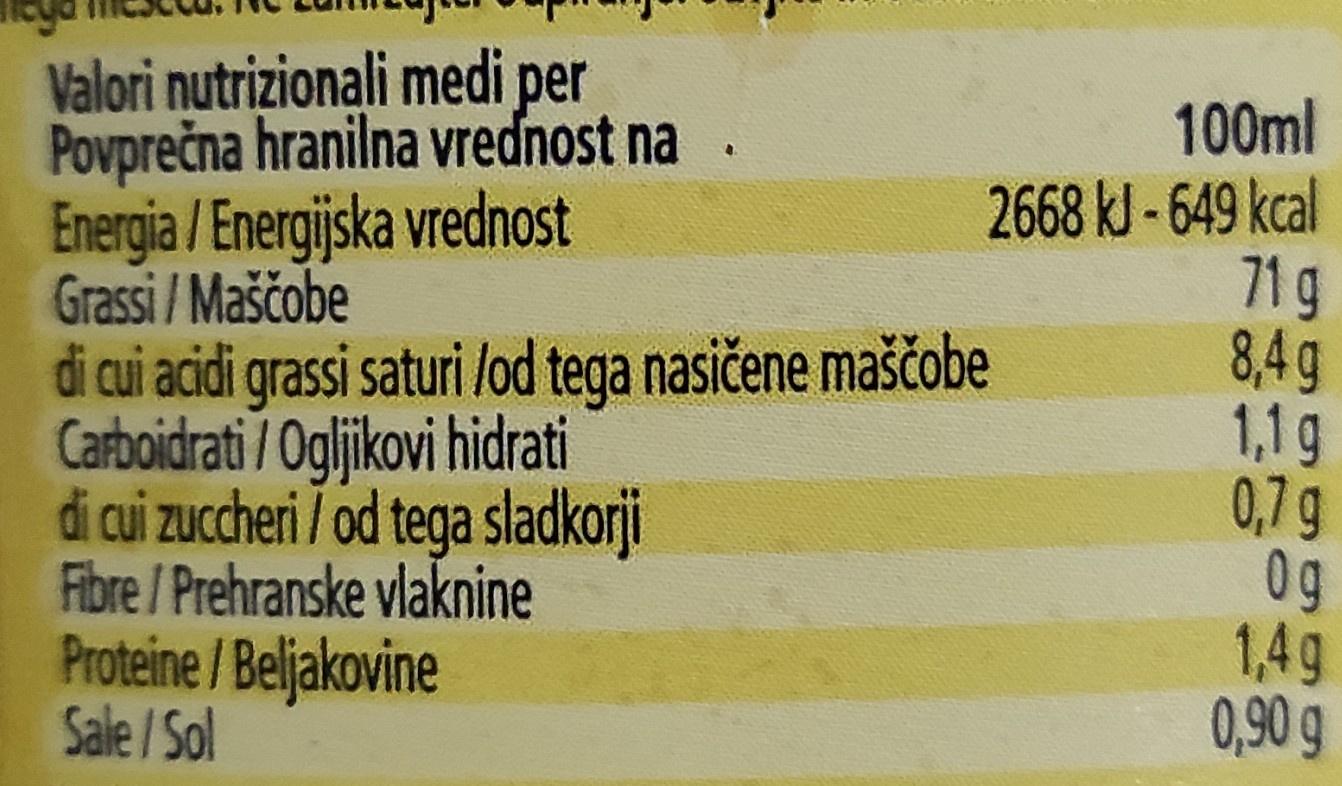
Valori nutrizionali medi per Povprečna hranilna vrednost na Energia / Energijska vrednost Grassi /Maščobe di cui acidi grassi saturi lod tega nasičene maščobe Carboidrati /Ogljikovi hidrti di cui zuccheri / od tega sladkorji Fibre /Prehranske vlaknine Proteine/Beljakovine Sale /Sol
100ml
2668 kJ - 649 kcal 71g 8,4g 1,1g 0,7g 0g 1,4g 0,90 g